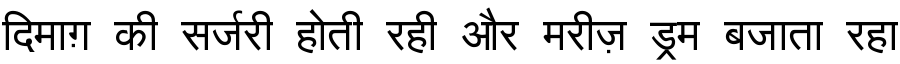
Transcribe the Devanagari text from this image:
दिमाग़ की सर्जरी होती रही और मरीज़ ड्रम बजाता रहा